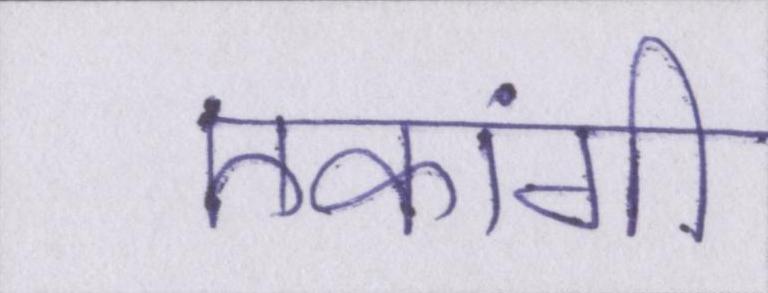
एकांगी